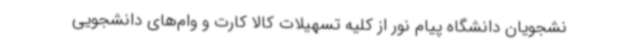
نشجویان دانشگاه پیام نور از کلیه تسهیلات کالا کارت و وام‌های دانشجویی